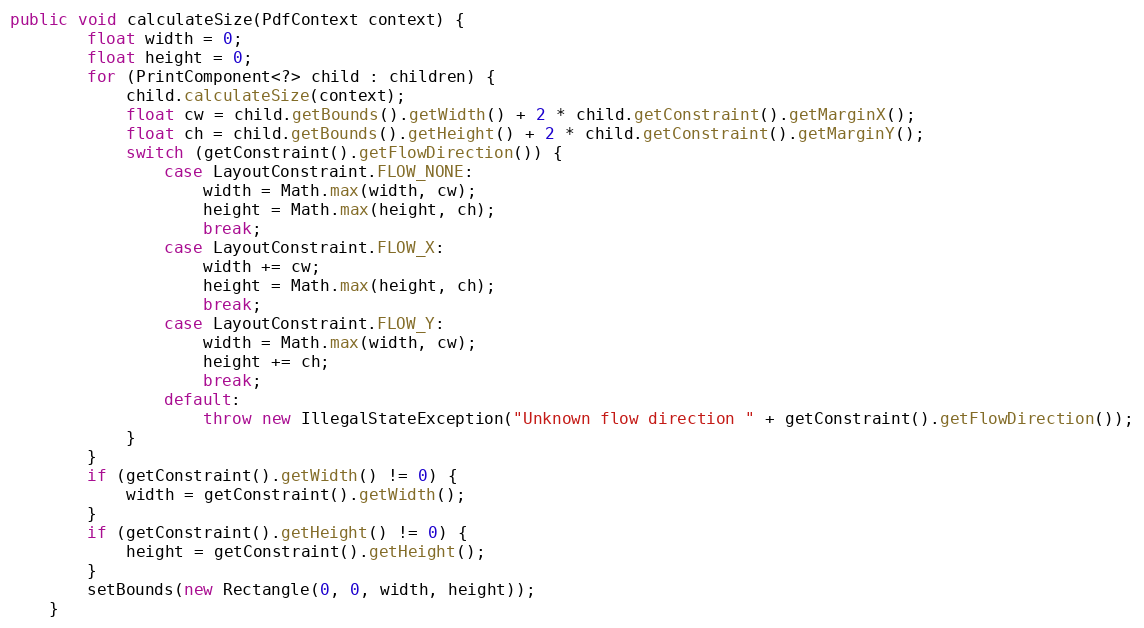
Language: Java
public void calculateSize(PdfContext context) {
		float width = 0;
		float height = 0;
		for (PrintComponent<?> child : children) {
			child.calculateSize(context);
			float cw = child.getBounds().getWidth() + 2 * child.getConstraint().getMarginX();
			float ch = child.getBounds().getHeight() + 2 * child.getConstraint().getMarginY();
			switch (getConstraint().getFlowDirection()) {
				case LayoutConstraint.FLOW_NONE:
					width = Math.max(width, cw);
					height = Math.max(height, ch);
					break;
				case LayoutConstraint.FLOW_X:
					width += cw;
					height = Math.max(height, ch);
					break;
				case LayoutConstraint.FLOW_Y:
					width = Math.max(width, cw);
					height += ch;
					break;
				default:
					throw new IllegalStateException("Unknown flow direction " + getConstraint().getFlowDirection());
			}
		}
		if (getConstraint().getWidth() != 0) {
			width = getConstraint().getWidth();
		}
		if (getConstraint().getHeight() != 0) {
			height = getConstraint().getHeight();
		}
		setBounds(new Rectangle(0, 0, width, height));
	}